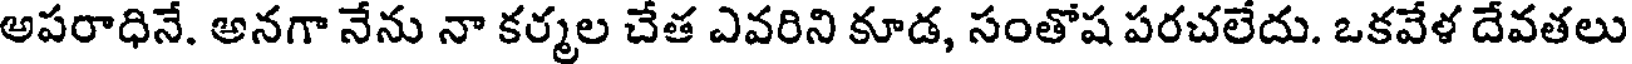
అపరాధినే. అనగా నేను నా కర్మల చేత ఎవరిని కూడ, సంతోష పరచలేదు. ఒకవేళ దేవతలు